Leaving Certificate Examination (including Day School Certificate (Higher) General paper), 1927
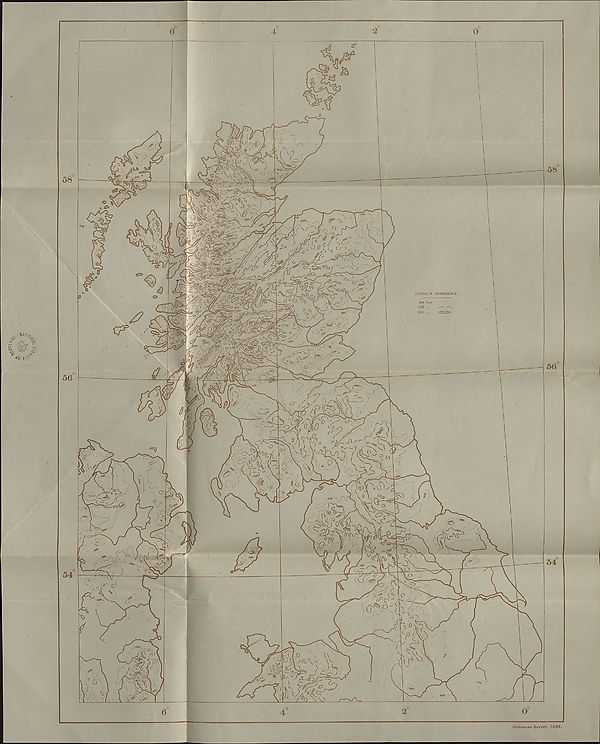
Ordnance Survey. 1926.